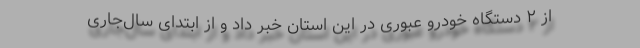
از ۲ دستگاه خودرو عبوری در این استان خبر داد و از ابتدای سال‌جاری